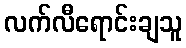
လက်လီရောင်းချသူ